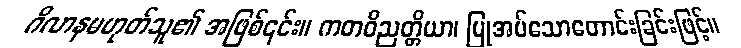
ဂိလာနမဟုတ်သူ၏ အဖြစ်၎င်း။ ကတဝိညတ္တိယာ၊ ပြုအပ်သောတောင်းခြင်းဖြင့်။